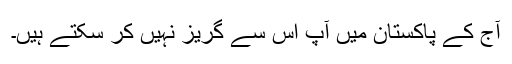
آج کے پاکستان میں آپ اس سے گریز نہیں کر سکتے ہیں۔